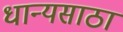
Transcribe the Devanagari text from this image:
धान्यसाठा